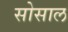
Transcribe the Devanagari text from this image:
सोसाल